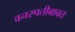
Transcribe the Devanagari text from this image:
वनस्पतीबाबत